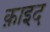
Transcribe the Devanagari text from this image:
क़ाइद